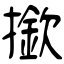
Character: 撳